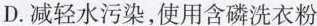
D.减轻水污染，使用含磷洗衣粉